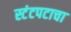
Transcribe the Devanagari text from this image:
स्टंटपटाचा